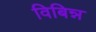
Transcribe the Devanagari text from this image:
विबिन्न